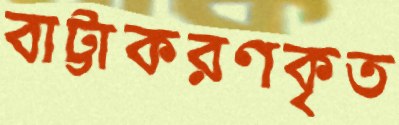
বাট্টাকরণকৃত